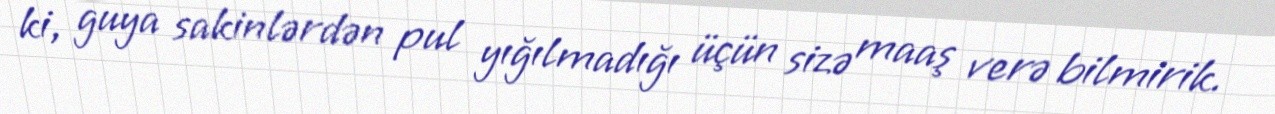
ki, guya sakinlərdən pul yığılmadığı üçün sizə maaş verə bilmirik.